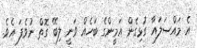
އެ މައްސަލައާ ގުޅިގެން އަމީންގެ ބަހެެއް ވަނީ ލިބޭ ގޮތް ނުވެފަ އެވެ.